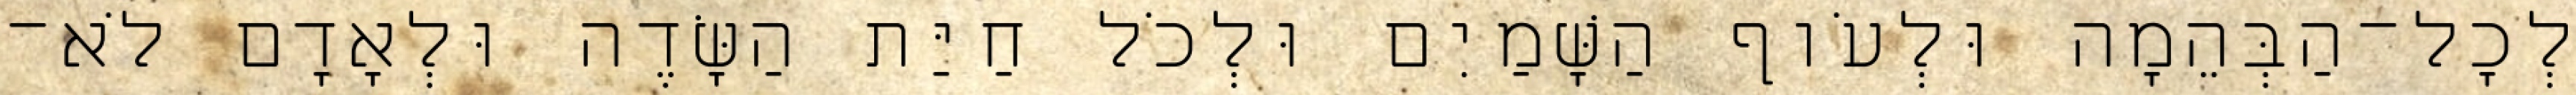
לְכָל־הַבְּהֵמָה וּלְעֹוף הַשָּׁמַיִם וּלְכֹל חַיַּת הַשָּׂדֶה וּלְאָדָם לֹא־